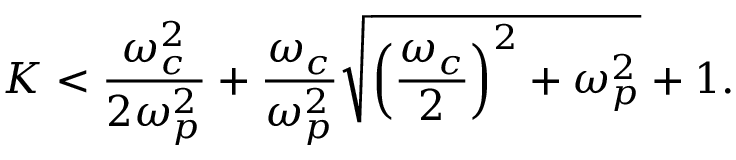
K < \frac { \omega _ { c } ^ { 2 } } { 2 \omega _ { p } ^ { 2 } } + \frac { \omega _ { c } } { \omega _ { p } ^ { 2 } } \sqrt { \left( \frac { \omega _ { c } } { 2 } \right) ^ { 2 } + \omega _ { p } ^ { 2 } } + 1 .